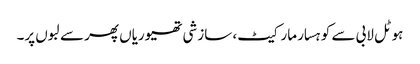
ہوٹل لابی سے کوہسار مارکیٹ، سازشی تھیوریاں پھر سے لبوں پر۔